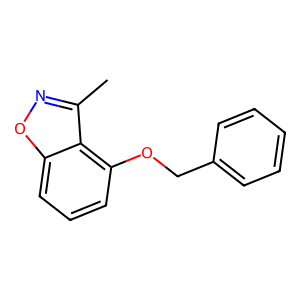
SMILES: Cc1noc2cccc(OCc3ccccc3)c12
Inhibits HIV replication: No